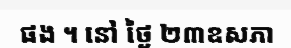
ផង ។ នៅ ថ្ងៃ ២៣ឧសភា